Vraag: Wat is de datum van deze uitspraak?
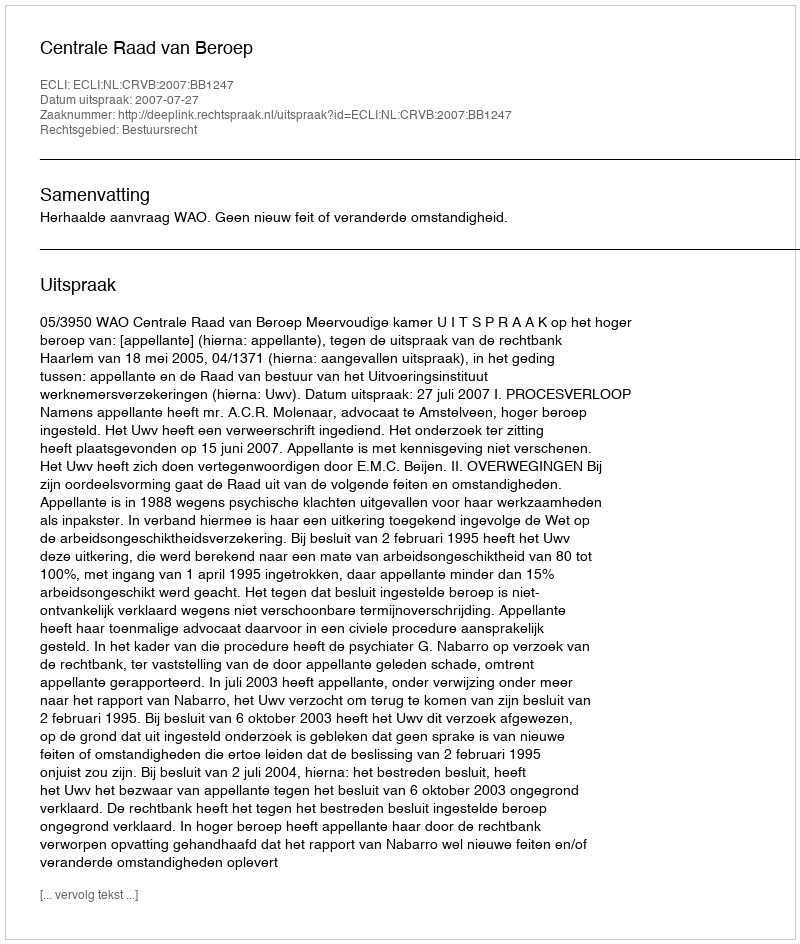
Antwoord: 2007-07-27